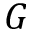
G